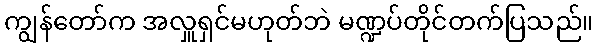
ကျွန်တော်က အလှူရှင်မဟုတ်ဘဲ မဏ္ဍပ်တိုင်တက်ပြသည်။